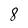
Character: 8